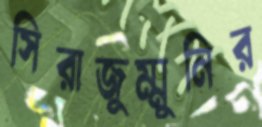
সিরাজুম্মুনির